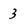
Character: 3